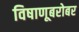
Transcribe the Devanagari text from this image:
विषाणूबरोबर